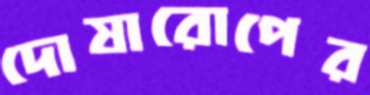
দোষারোপের